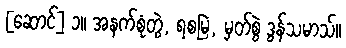
[ဆောင်] ၁။ အနက်စုံတွဲ, ရစမြဲ, မှတ်စွဲ ဒွန်သမာသ်။